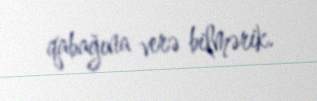
qabağına verə bilmərik.